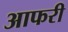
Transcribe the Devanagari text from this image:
आफरी